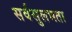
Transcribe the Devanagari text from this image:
सर्वसुलभता